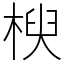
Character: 楰